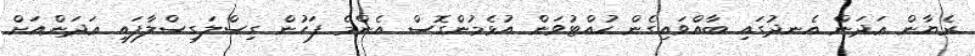
ރެޔާން ޢަދަން އެނދުގައި ބާއްވައިގެން ހުއްޓުވަން އުޅެމުންގޮސް އެންމެ ފަހުން ގިސްލަގިސްލާފައި ޢަދަންއަށް